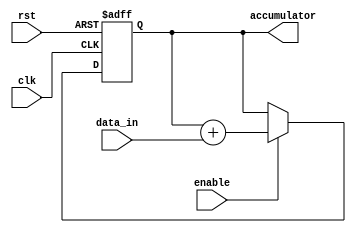
module accumulator(
    input wire clk, // Clock
    input wire rst, // Reset
    input wire enable, // Enable
    input wire [7:0] data_in, // Incoming digital signal
    output reg [15:0] accumulator // Accumulator for summing up signals
);

always @(posedge clk or posedge rst) begin
    if(rst) begin
        accumulator <= 16'b0; // Reset accumulator
    end else if(enable) begin
        accumulator <= accumulator + data_in; // Add incoming signal to accumulator
    end
end

endmodule